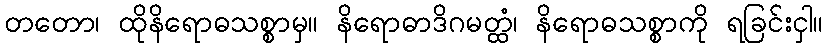
တတော၊ ထိုနိရောဓသစ္စာမှ။ နိရောဓာဒိဂမတ္ထံ၊ နိရောဓသစ္စာကို ရခြင်းငှါ။